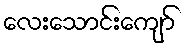
လေးသောင်းကျော်